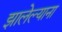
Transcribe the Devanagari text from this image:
झालेल्याना